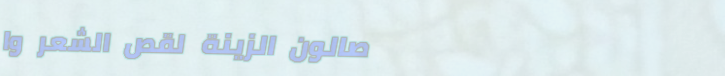
صالون الزينة لقص الشعر وا